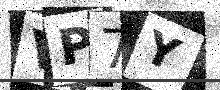
Text: VP7Y